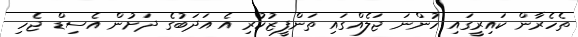
ތެހެރާން ކައިރީގައި ހުންނަ ޖަލެއްގައި ތަންފީޒުކުރި އެ އަދަބުގެ ދަށުން އެސިޑް ޖެހި